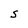
Character: S